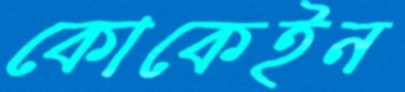
কোকেইন